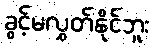
ခွင့်မလွှတ်နိုင်ဘူး